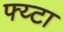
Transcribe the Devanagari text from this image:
फ्य्टा